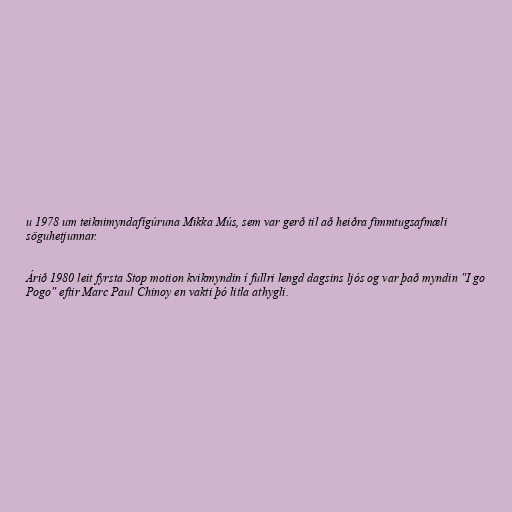
u 1978 um teiknimyndafígúruna Mikka Mús, sem var gerð til að heiðra fimmtugsafmæli
söguhetjunnar.

Árið 1980 leit fyrsta Stop motion kvikmyndin í fullri lengd dagsins ljós og var það myndin "I go
Pogo" eftir Marc Paul Chinoy en vakti þó litla athygli.